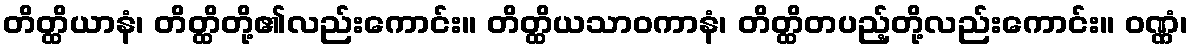
တိတ္ထိယာနံ၊ တိတ္ထိတို့၏လည်းကောင်း။ တိတ္ထိယသာဝကာနံ၊ တိတ္ထိတပည့်တို့လည်းကောင်း။ ဝဏ္ဏံ၊